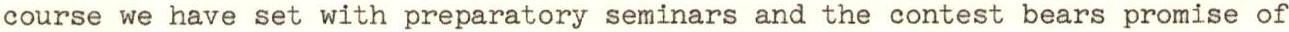
course we have set with preparatory seminars and the contest bears promise of